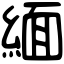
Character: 緬